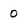
Character: 0